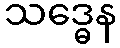
သဒ္ဓေန